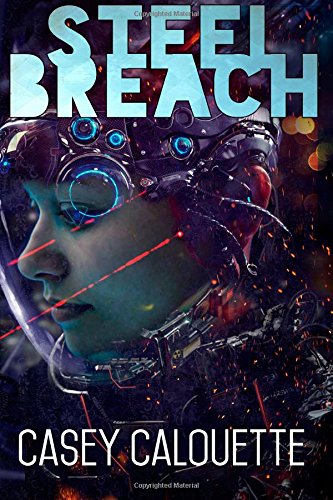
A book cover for Steel Breach; Casey Calouette; Science Fiction & Fantasy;